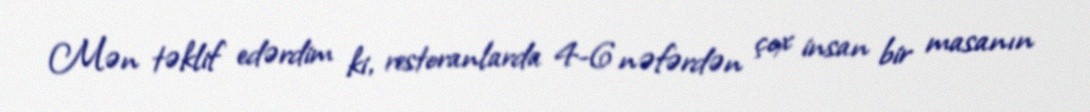
Mən təklif edərdim ki, restoranlarda 4-6 nəfərdən çox insan bir masanın